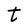
Character: t